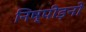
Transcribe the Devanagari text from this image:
निष्पीड़नों